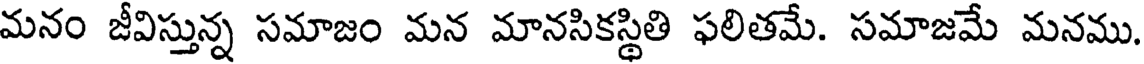
మనం జీవిస్తున్న సమాజం మన మానసికస్థితి ఫలితమే. సమాజమే మనము.